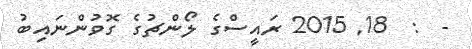
-  :  18